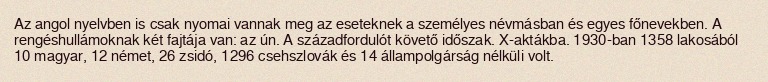
Az angol nyelvben is csak nyomai vannak meg az eseteknek a személyes névmásban és egyes főnevekben. A rengéshullámoknak két fajtája van: az ún. A századfordulót követő időszak. X-aktákba. 1930-ban 1358 lakosából 10 magyar, 12 német, 26 zsidó, 1296 csehszlovák és 14 állampolgárság nélküli volt.